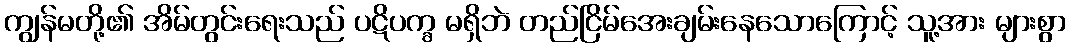
ကျွန်မတို့၏ အိမ်တွင်းရေးသည် ပဋိပက္ခ မရှိဘဲ တည်ငြိမ်အေးချမ်းနေသောကြောင့် သူ့အား များစွာ